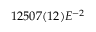
1 2 5 0 7 ( 1 2 ) E ^ { - 2 }